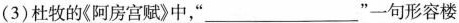
(3)杜牧的《阿房宫赋》中，”___”一句形容楼